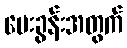
မေးခွန်းအတွက်